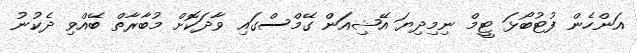
އަންހެން ފުޓުބޯޅަ ޓީމް ނިމިދިޔަ އޭޝިއަން ގޭމްސްގައި ވާދަކޮށް މުބާރާތް ބޭއްވި ދެކުނު